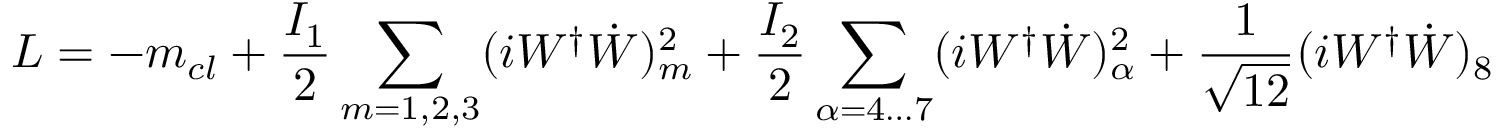
L = - m _ { c l } + \frac { I _ { 1 } } { 2 } \sum _ { m = 1 , 2 , 3 } ( i W ^ { \dag } \dot { W } ) _ { m } ^ { 2 } + \frac { I _ { 2 } } { 2 } \sum _ { \alpha = 4 \ldots 7 } ( i W ^ { \dag } \dot { W } ) _ { \alpha } ^ { 2 } + \frac { 1 } { \sqrt { 1 2 } } ( i W ^ { \dag } \dot { W } ) _ { 8 }